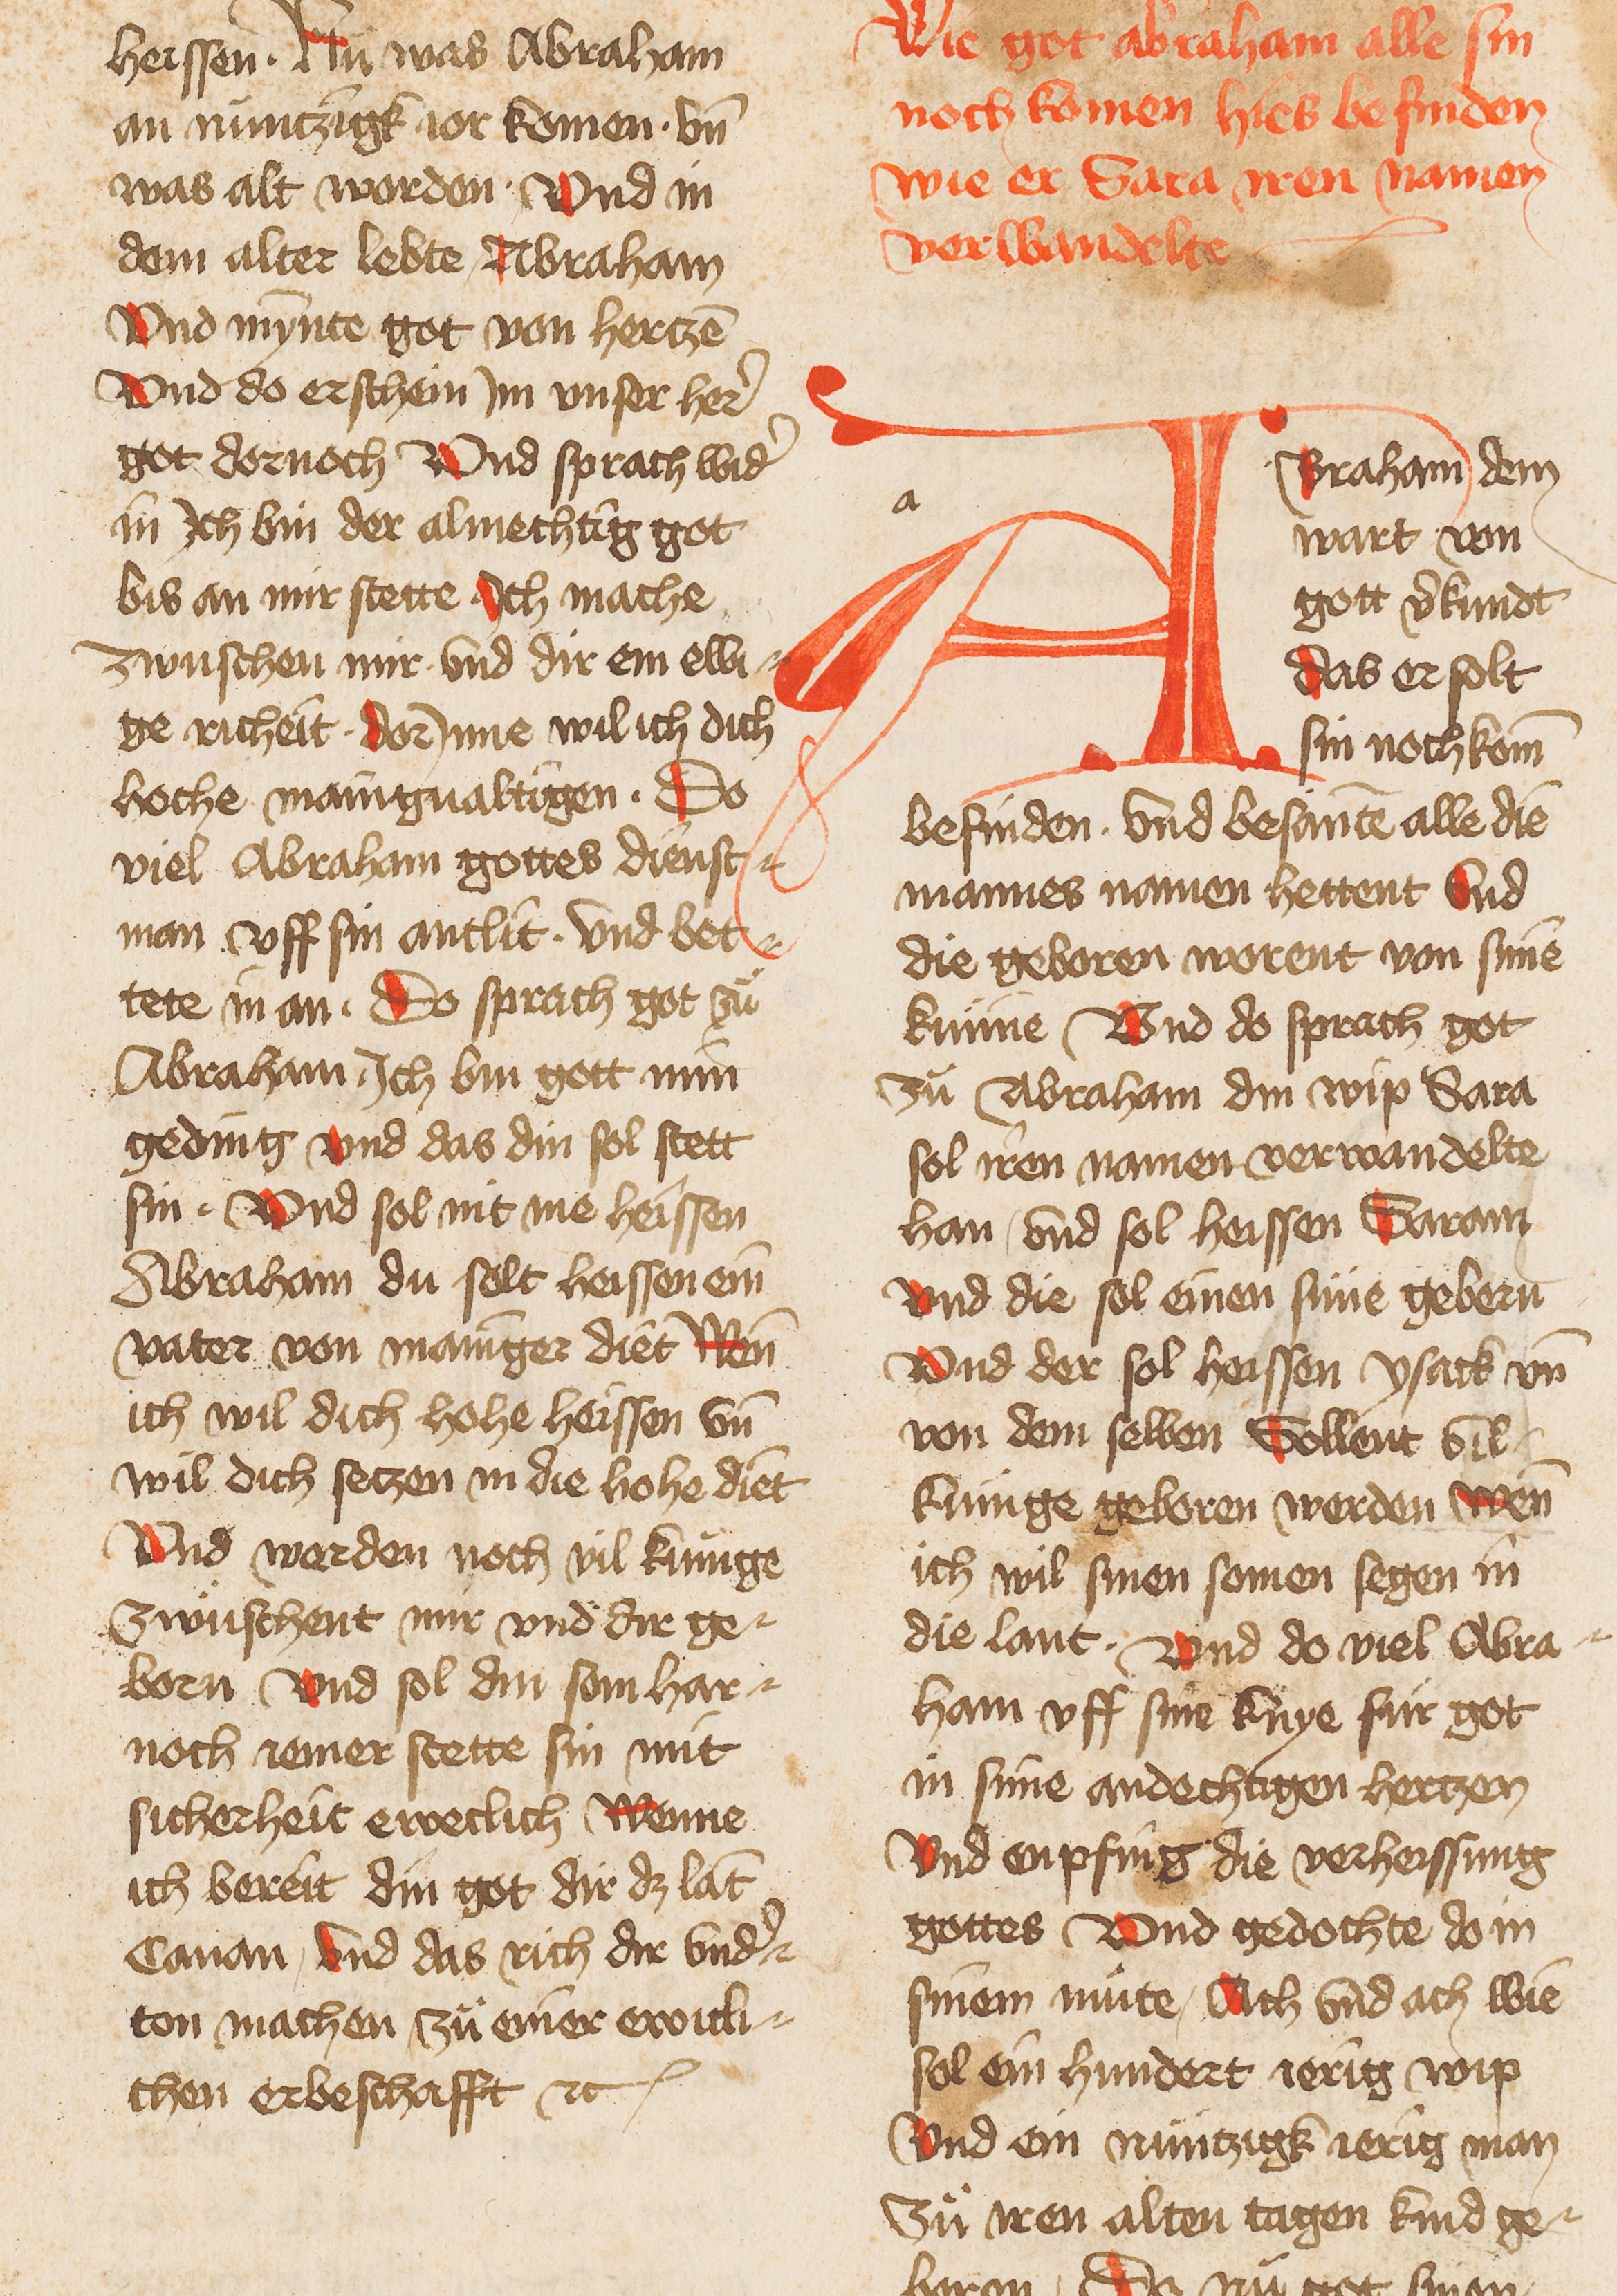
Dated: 1400–1499